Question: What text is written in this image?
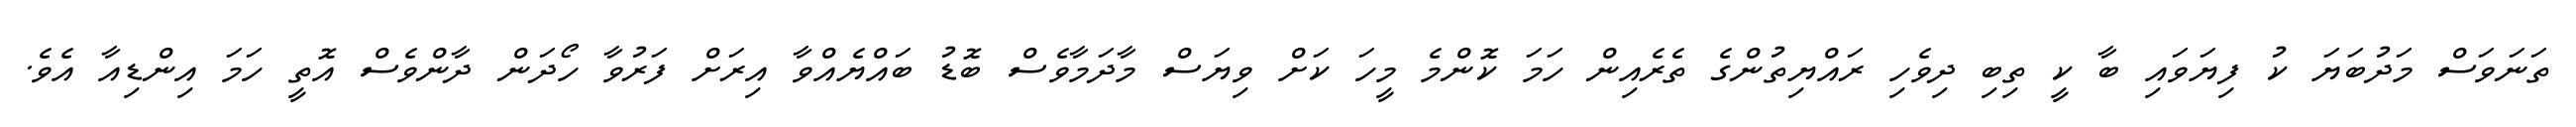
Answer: ތަނަވަސް މަދުބަޔަ ކު ފިޔަވައި ބާ ކީ ތިބި ދިވެހި ރައްޔިތުންގެ ތެރެއިން ހަމަ ކޮންމެ މީހަ ކަށް ވިޔަސް މާދަމާވެސް ބޮޑު ބައްޔެއްވާ އިރަށް ފަރުވާ ހޯދަން ދާންވެސް އޮތީ ހަމަ އިންޑިއާ އެވެ.